Vaccination Hyderabad 1890-1903 - 1890-1903
Year: 1890
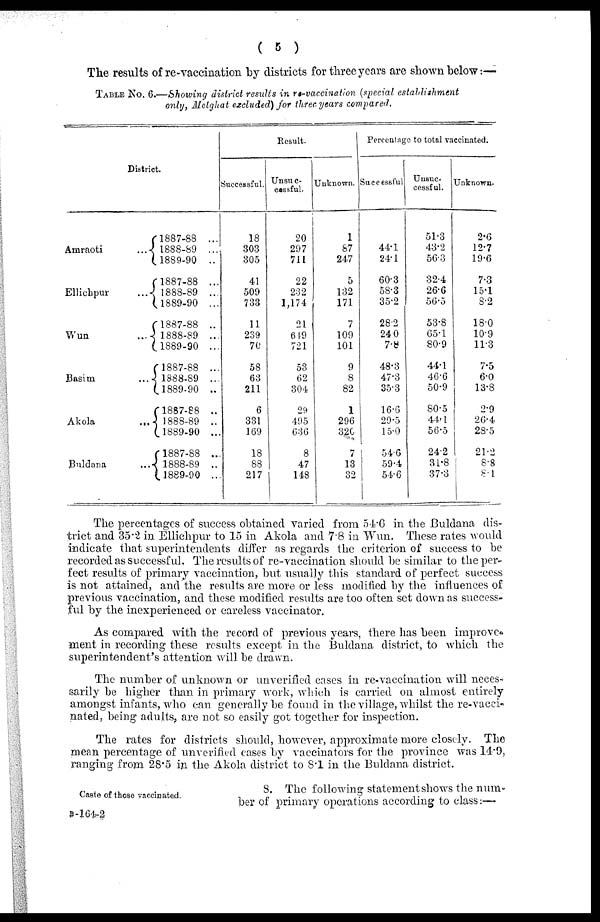
( 5 )
The results of re-vaccination by districts for three years are shown below.—
TABLE No. 6.—Showing district results in re-vaccination (special establishment
only, Melghat excluded) for three years compared.
District.
Amraoti
...
Ellichpur
...
Wun
...
Basim ...
Akola
...
Buldana ...
1887-88 ...
1888-89 ...
1889-90 ..
1887-88 ...
1888-89 ...
1889-90 ...
1887-88 ...
1888-89 ...
1889-90 ...
1887-88 ...
1888-89 ...
1889-90 ..
1887-88 ...
1888-89 ...
1889-90 ...
1887-88 ...
1888-89 ...
1889-90 ...
Result.
Successful.
18
303
305
41
509
733
11
239
70
58
63
211
6
331
169
18
88
217
Unsuc-
cassful.
20
297
711
22
232
1,174
21
619
721
53
62
304
29
495
636
8
47
148
Unknown.
1
87
247
5
132
171
7
109
101
9
8
82
1
296
320
7
13
32
Percentage to total vaccinated.
Successful
44.1
24.1
60.3
58.3
35.2
28.2
24.0
7.8
48.3
47.3
35.3
16.6
29.5
15.0
54.6
59.4
54.6
Unsuc-
cessful.
51.3
43.2
56.3
32.4
26.6
56.5
53.8
65.1
80.9
44.1
46.6
50.9
80.5
44.1
56.5
24.2
31.8
37.3
Unknown.
2.6
12.7
19.6
7.3
15.1
8.2
18.0
10.9
11.3
7.5
6.0
13.8
2.9
26.4
28.5
21.2
8.8
8.1
The percentages of success obtained varied from 54.6 in the Buldana dis-
trict and 35.2 in Ellichpur to 15 in Akola and 7.8 in Wun. These rates would
indicate that superintendents differ as regards the criterion of success to be
recorded as successful. The results of re-vaccination should be similar to the per-
fect results of primary vaccination, but usually this standard of perfect success
is not attained, and the results are more or less modified by the influences of
previous vaccination, and these modified results are too often set down as success-
ful by the inexperienced or careless vaccinator.
As compared with the record of previous years, there has been improve¬
ment in recording these results except in the Buldana district, to which the
superintendent's attention will be drawn.
The number of unknown or unverified cases in re-vaccination will neces-
sarily be higher than in primary work, which is carried on almost entirely
amongst infants, who can generally be found in the village, whilst the re-vacci-
nated, being adults, are not so easily got together for inspection.
The rates for districts should, however, approximate more closely. The
mean percentage of unverified cases by vaccinators for the province was 14.9,
ranging from 28.5 in the Akola district to 8.1 in the Buldana district.
Caste of those vaccinated.
8. The following statement shows the num-
ber of primary operations according to class:—
B-164-2